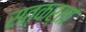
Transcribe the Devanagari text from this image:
सत्कर्ता